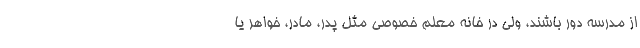
از مدرسه دور باشند، ولی در خانه معلم خصوصی مثل پدر، مادر، خواهر یا